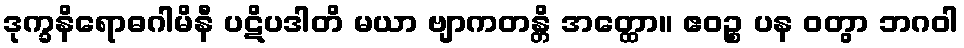
ဒုက္ခနိရောဓဂါမိနီ ပဋိပဒါတိ မယာ ဗျာကတန္တိ အတ္ထော။ ဧဝဉ္စ ပန ဝတွာ ဘဂဝါ